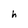
Character: h